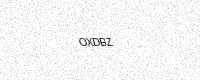
Text: OXDBZ